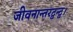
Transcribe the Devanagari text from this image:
जीवनान्तरद्वन्द्व।